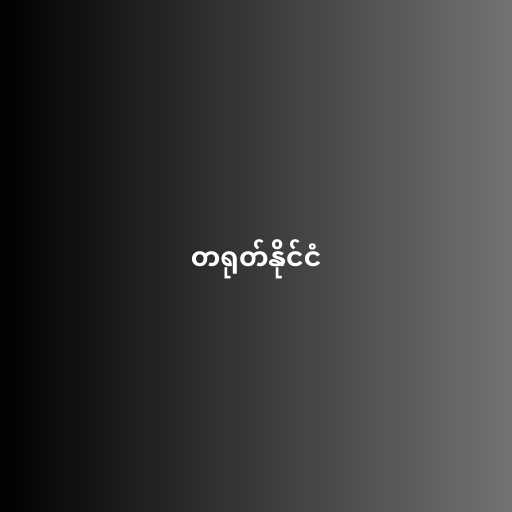
တရုတ်နိုင်ငံ